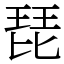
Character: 琵